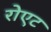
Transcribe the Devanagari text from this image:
रोएट